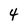
Character: 4